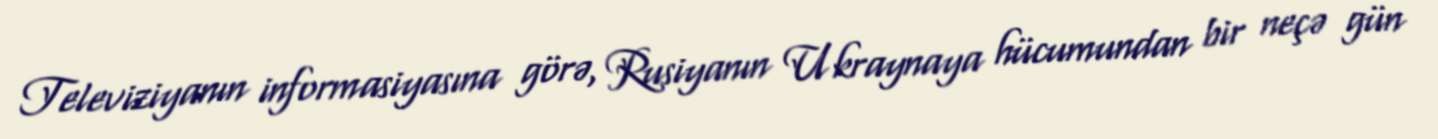
Televiziyanın informasiyasına görə, Rusiyanın Ukraynaya hücumundan bir neçə gün